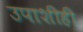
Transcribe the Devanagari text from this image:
उपाशीही